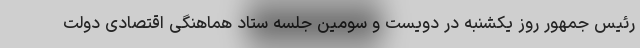
رئیس جمهور روز یکشنبه در دویست و سومین جلسه ستاد هماهنگی اقتصادی دولت